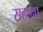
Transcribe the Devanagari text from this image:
सहाना